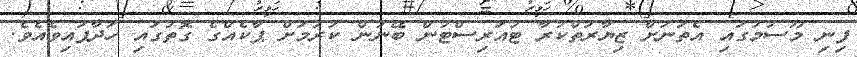
ފިނި މޫސުމުގައި އެތަނަށް ޒިޔާރަތްކުރާ ޓުއަރިސްޓުން ބޭނުން ކުރުމަށް ޕާކެއްގެ ގޮތުގައި ހަދާފައިވެއެވެ.